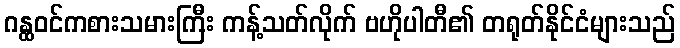
ဂန္ထဝင်ကစားသမားကြီး ကန့်သတ်လိုက် ဗဟိုပါတီ၏ တရုတ်နိုင်ငံများသည်